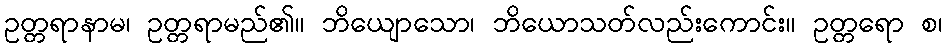
ဥတ္တရာနာမ၊ ဥတ္တရာမည်၏။ ဘိယျောသော၊ ဘိယောသတ်လည်းကောင်း။ ဥတ္တရော စ၊